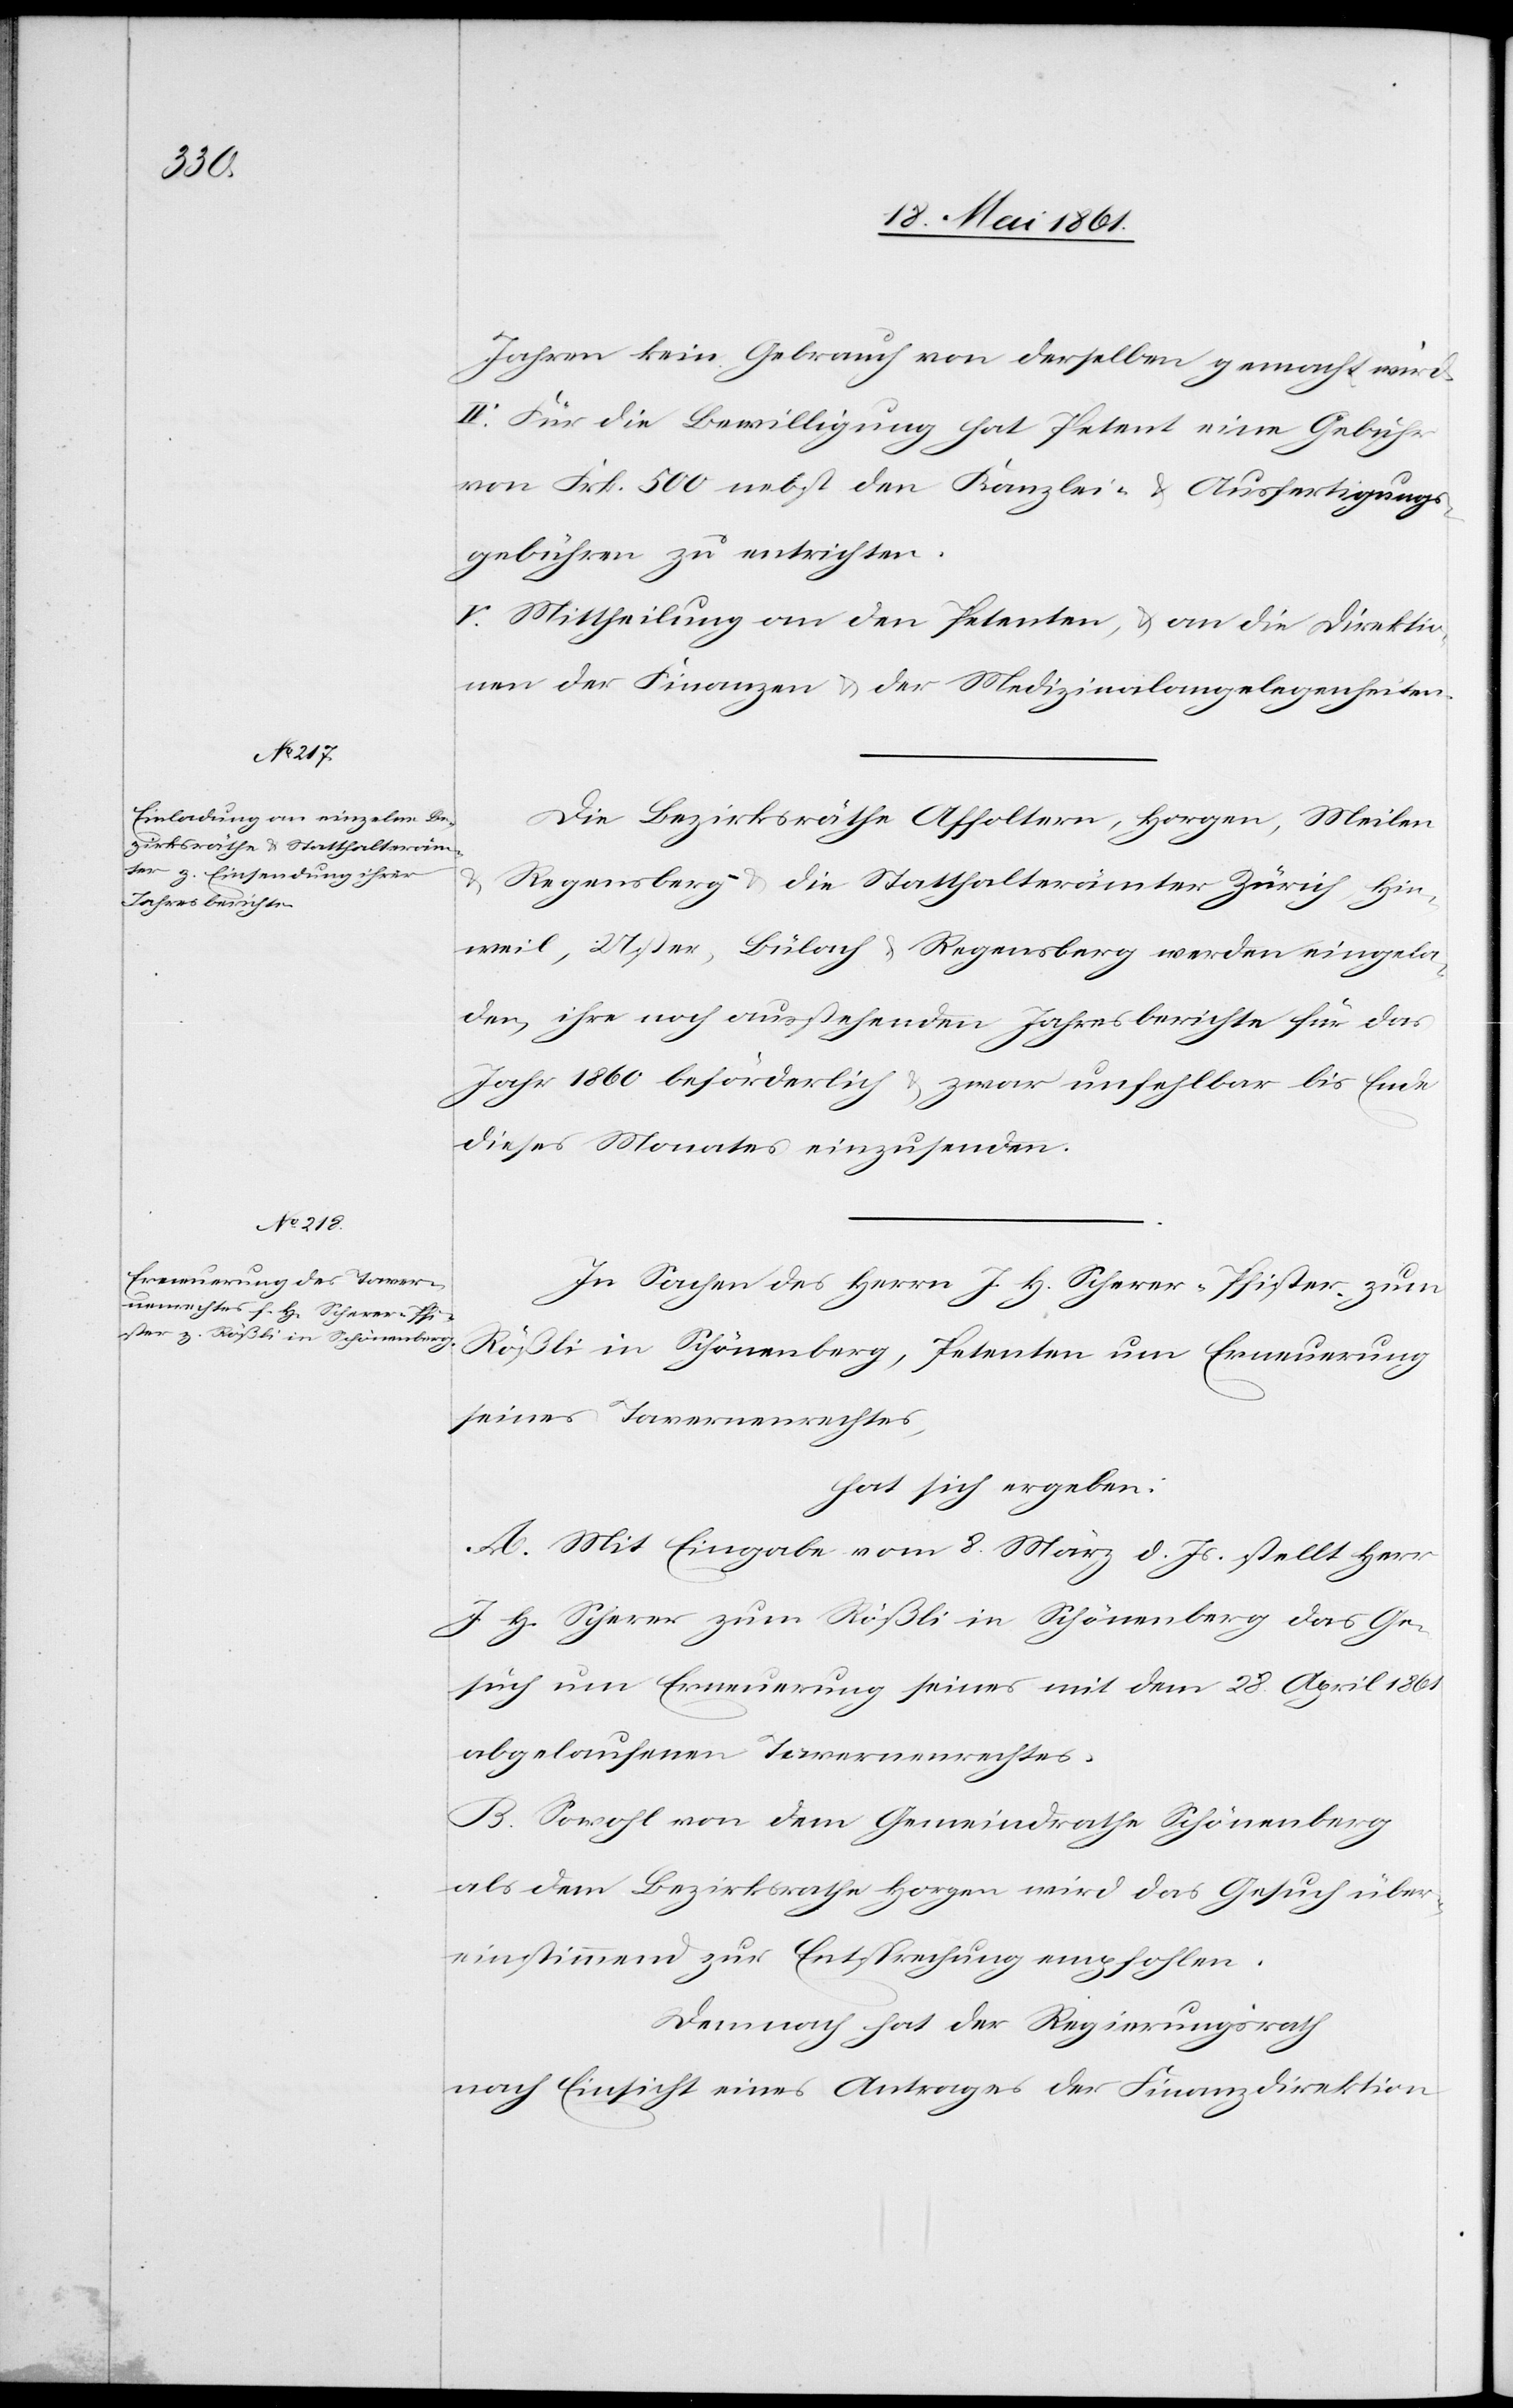
Jahren kein Gebrauch von derselben gemacht wird.
IV. Für die Bewilligung hat Petent eine Gebühr
von Frk. 500 nebst den Kanzlei- u. Ausfertigungs¬
gebühren zu entrichten.
V. Mittheilung an den Petenten, u. an die Direktio¬
n der Finanzen u. der Medizinalangelegenheiten.
Die Bezirksräthe Affoltern, Horgen, Meilen
Regensberg u. die Statthalterämter Zürich, Hin¬
weil, Uster, Bülach u. Regensberg werden eingela¬
den, ihre noch ausstehenden Jahresberichte für das
Jahr 1860 beförderlich u. zwar unfehlbar bis Ende
dieses Monates einzusenden.
In Sachen des Herrn J. H. Scherer-Pfister, zum
Rößli in Schönenberg, Petenten um Erneuerung
seines Tavernenrechtes,
hat sich ergeben:
A. Mit Eingabe vom 8. März d. Js. stellt Herr
J. H. Scherer zum Rößli in Schönenberg das Ge¬
such um Erneuerung seines mit dem 28. April 1861
abgelaufenen Tavernenrechtes.
B. Sowohl von dem Gemeindrathe Schönenberg
als dem Bezirksrathe Horgen wird das Gesuch über¬
einstimmend zur Entsprechung empfohlen.
Demnach hat der Regierungsrath
nach Einsicht eines Antrages der Finanzdirektion